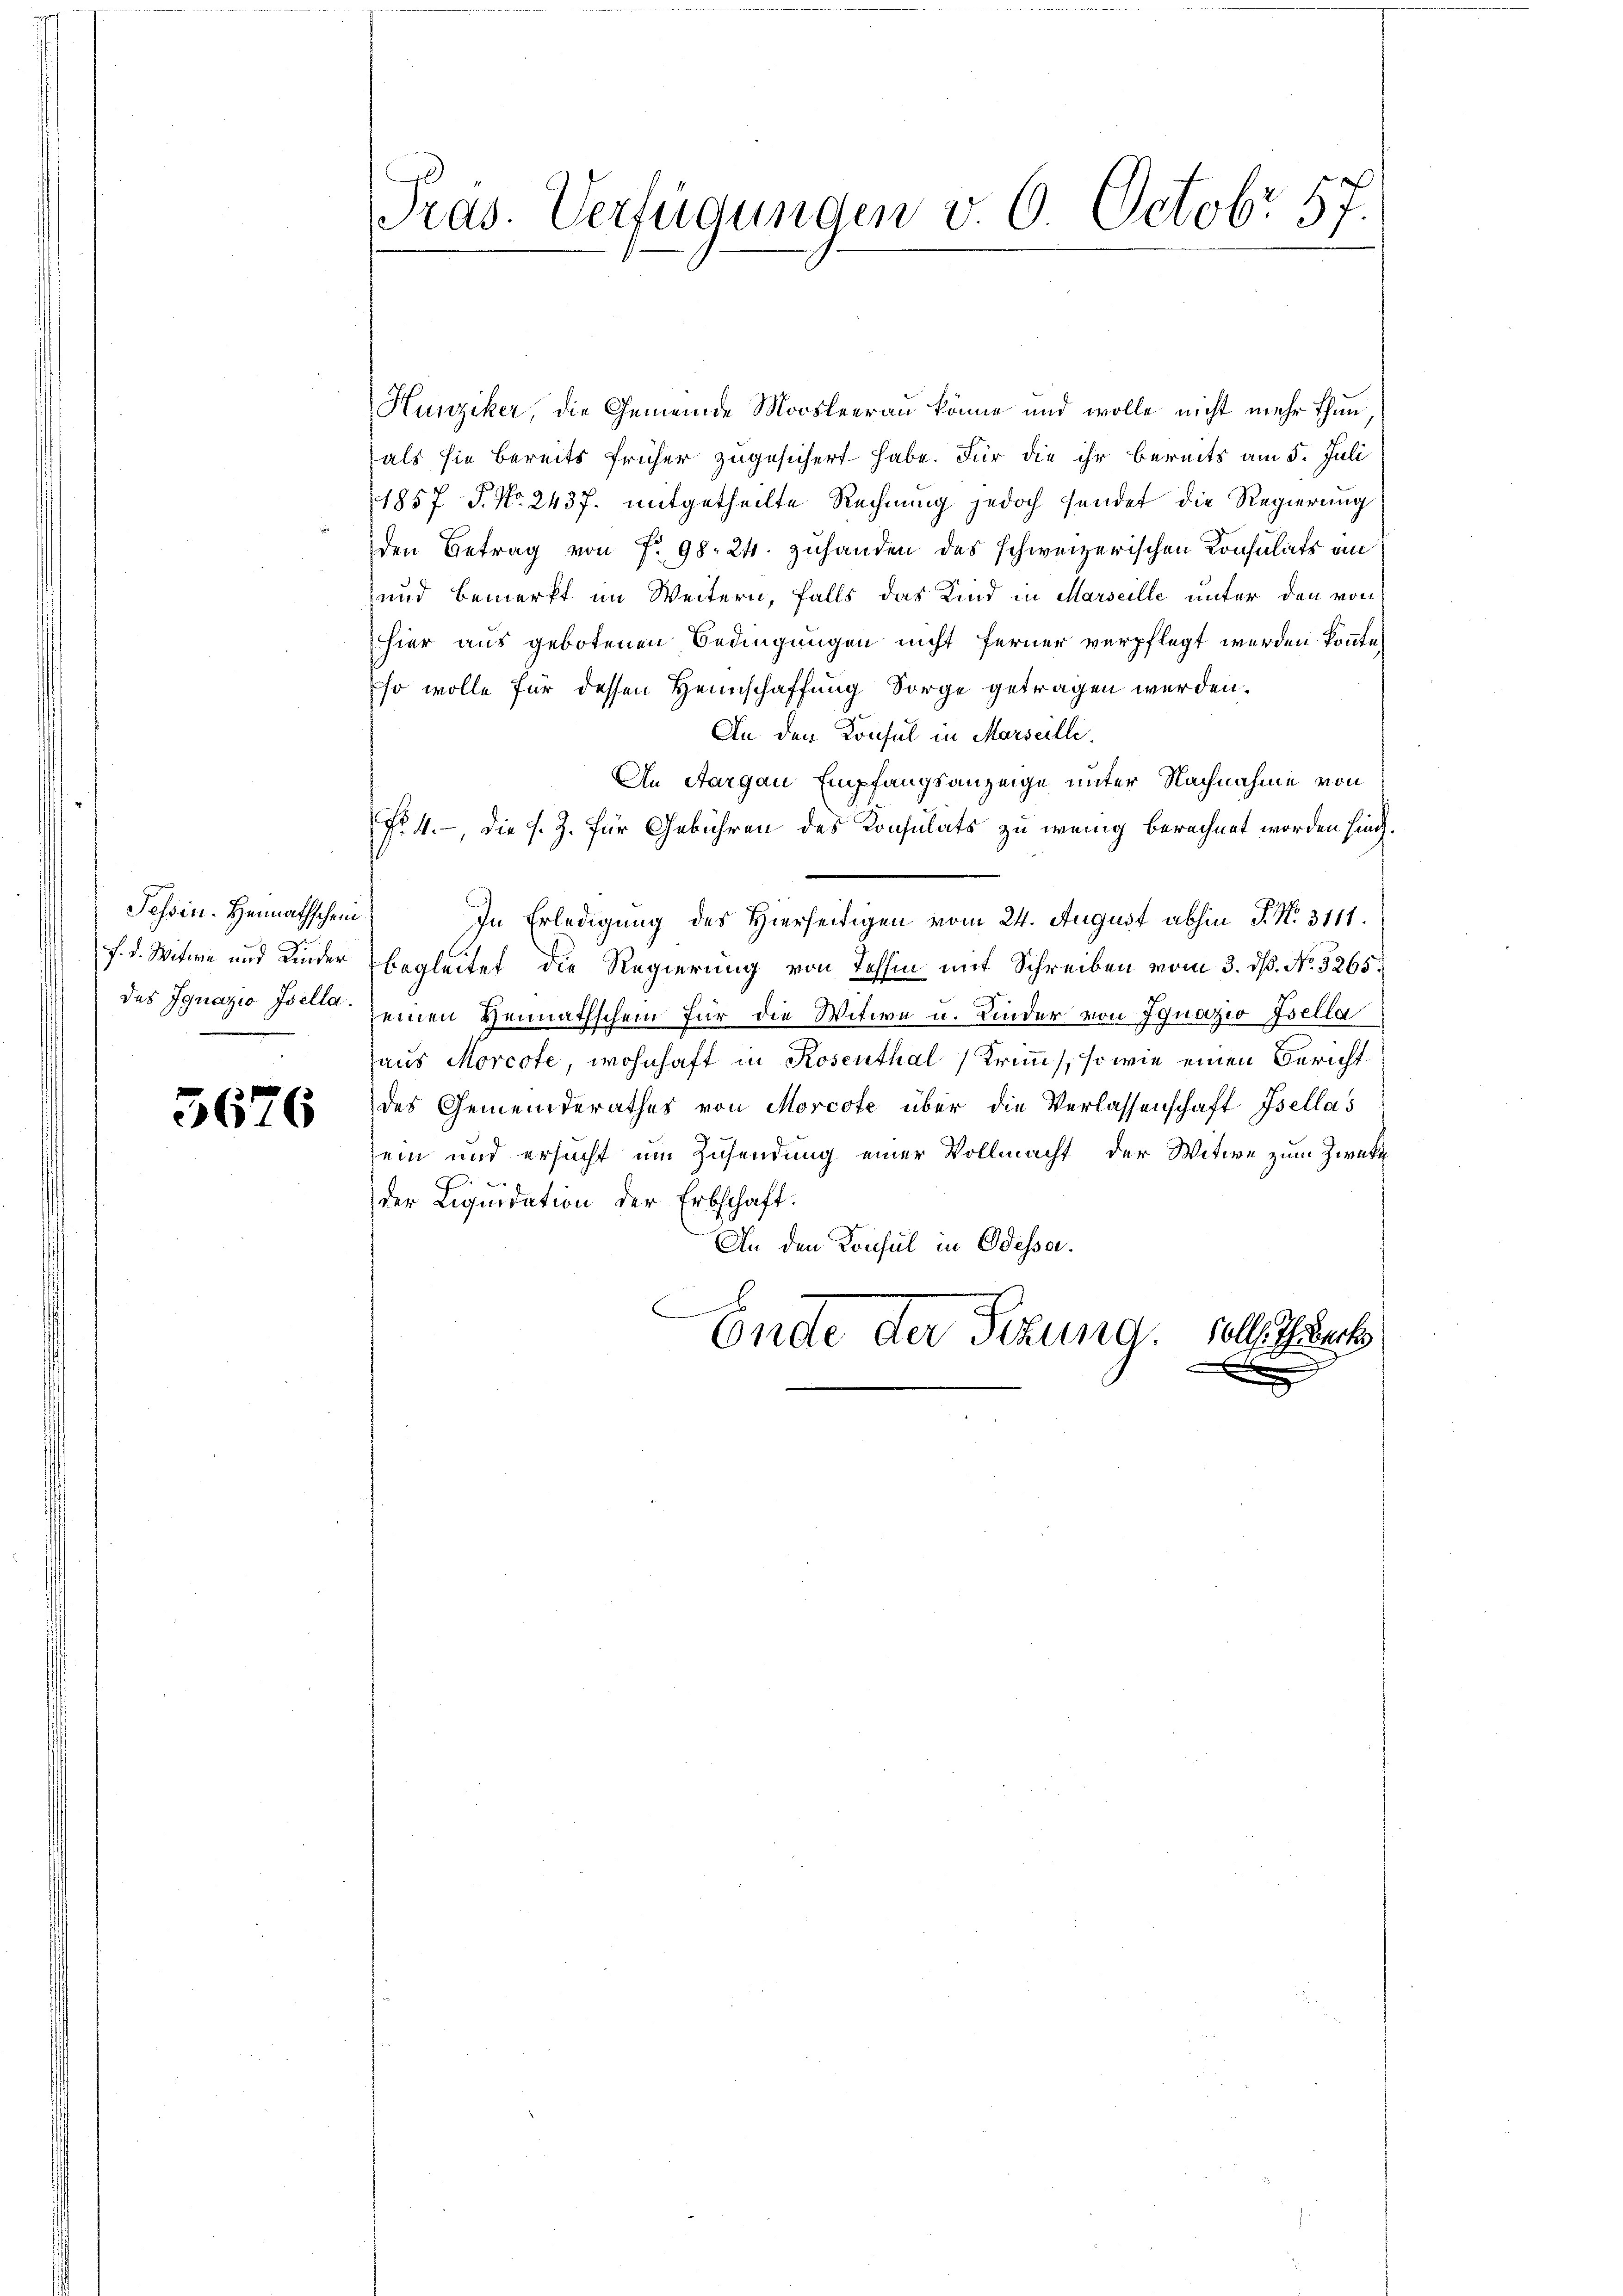
Tessin. Heimathschein
f. d. Witwe und Kinder
des Ignazio Isella.

5676

Pras. Verfügungen v. 6. Octobr 57.

Hunziker, die Gemeinde Moosleeran könne und wolle nicht mehr thun
als sie bereits früher zugesichert habe. Für die ihr bereits am 5. Juli
1857 S. No. 2437. mitgetheilte Rechnung jedoch sendet die Regierung
den Betrag von Fr. 98. 24. zuhanden des schweizerischen Konsulats an
und bemerkt im Weitern, falls das Kind in Marseille unter den von
hier aus gebotenen Bedingungen nicht ferner verpflegt werden könnte,
so wolle für dessen Heimschaffung Sorge getragen werden.
An den Konsul in Marseilli
An Aargau Empfangsanzeige unter Nachnahme von
No. 4., die s. Z. für Gebühren des Konsulats zu wenig berechnet worden sind.
In Erledigung des Hierseitigen vom 24. August abhin P. Nr. 3111.
begleitet die Regierung von Tessin mit Schreiben vom 3. dß. No. 3265.
einen Vennathschein für die Witwe u. Kinder von Ignazio Isella
haus Morcote, wohnhaft in Rosenthal (Krimm, sowie einen Bericht
des Gemeinderathes von Morcote über die Verlassenschaft Isellas
sein und ersucht um Zusendung einer Vollmacht der Witwe zum Zwecke
.
der Liquidation der Erbschaft.
An den Konsul in Odessa.
u
Ende der Sizung. Solle auch